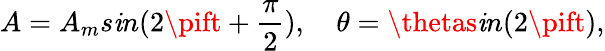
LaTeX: A=A_{m}s\mathit{i}n(2\pift+\frac{{\pi}}{{2}}),\quad\theta=\thetas\mathit{i}n(2\pift),